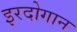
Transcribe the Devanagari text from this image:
इरदोगान